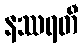
နဿရတီ